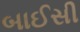
બાઈસી